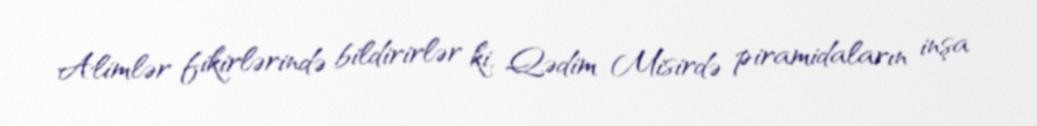
Alimlər fikirlərində bildirirlər ki, Qədim Misirdə piramidaların inşa